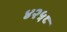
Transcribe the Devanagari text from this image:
४२५८